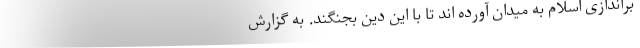
براندازی اسلام به میدان آورده اند تا با این دین بجنگند. به گزارش